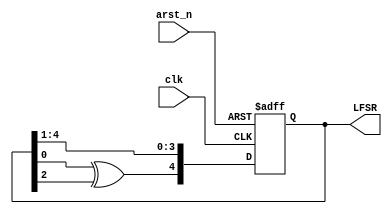
`timescale 1ns / 1ps
//////////////////////////////////////////////////////////////////////////////////
// Company: 
// Engineer: 
// 
// Design Name: 
// Module Name: LFSR
// Project Name: 
// Target Devices: 
// Tool Versions: 
// Description: 
// 
// Dependencies: 
// 
// Revision:
// Revision 0.01 - File Created
// Additional Comments:
// 
//////////////////////////////////////////////////////////////////////////////////


module LFSR(clk, arst_n, LFSR);

parameter BITWIDTH = 5;
input clk, arst_n;
output reg [BITWIDTH-1:0] LFSR;

always @(posedge clk or negedge arst_n) begin
    if(!arst_n) LFSR <= 1;
    else        LFSR <= {LFSR[0]^LFSR[2], LFSR[4], LFSR[3], LFSR[2], LFSR[1]};
end

endmodule